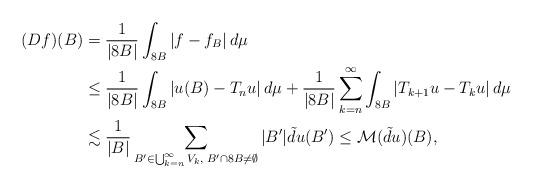
LaTeX: \begin{align*} (Df)(B)&=\frac{1}{|8B|}\int_{8B}|f-f_B|\,d\mu\\ &\le \frac{1}{|8B|} \int_{8B}|u(B)-T_nu|\, d\mu+ \frac{1}{|8B|}\sum_{k=n}^\infty \int_{8B} |T_{k+1}u-T_ku|\, d\mu \\& \lesssim \frac{1}{|B|} \sum_{B'\in\bigcup_{k=n}^\infty V_k,\; B'\cap 8B\not=\emptyset}|B'| \tilde d u(B') \le \mathcal{M}(\tilde du)(B),\end{align*}